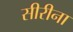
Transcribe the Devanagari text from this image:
सीरीना